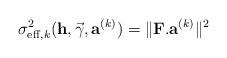
LaTeX: \begin{align*}\sigma^2_{\mathrm{eff},k}(\mathbf{h},\vec{\gamma},\mathbf{a}^{(k)})=\|\mathbf{F}.\mathbf{a}^{(k)}\|^2\end{align*}